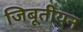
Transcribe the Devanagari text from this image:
जिबूतीयन